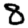
Digit: 8